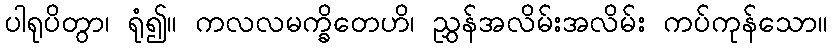
ပါရုပိတွာ၊ ရုံ၍။ ကလလမက္ခိတေဟိ၊ ညွှန်အလိမ်းအလိမ်း ကပ်ကုန်သော။